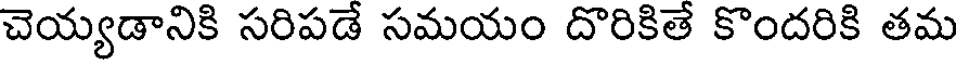
చెయ్యడానికి సరిపడే సమయం దొరికితే కొందరికి తమ